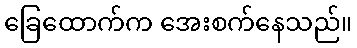
ခြေထောက်က အေးစက်နေသည်။